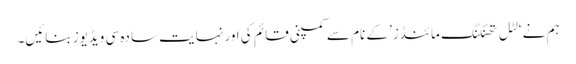
ہم نے ‘لٹل تھنکنگ مائنڈز’ کے نام سے کمپنی قائم کی اور نہایت سادہ سی ویڈیوز بنائیں۔